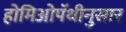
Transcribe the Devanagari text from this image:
होमिओपॅथीनुसार